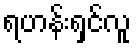
ရဟန်းရှင်လူ